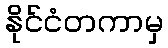
နိုင်ငံတကာမှ